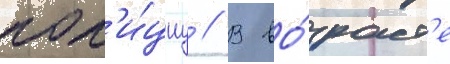
пол'и́циу // В во́зраст'е